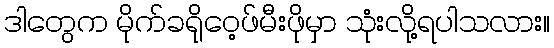
ဒါတွေက မိုက်ခရိုဝေ့ဖ်မီးဖိုမှာ သုံးလို့ရပါသလား။